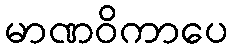
မာဏဝိကာပေ